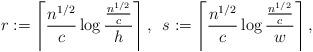
LaTeX: \begin{align*}r:=\left\lceil\frac{n^{1/2}}{c}\log\frac{\tfrac{n^{1/2}}{c}}{h}\right\rceil,\,\,\,s:=\left\lceil\frac{n^{1/2}}{c}\log\frac{\tfrac{n^{1/2}}{c}}{w}\right\rceil,\end{align*}